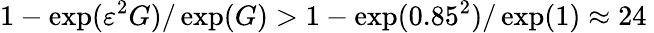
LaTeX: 1-\exp(\varepsilon^{2}G)/\exp(G)>1-\exp(0.85^{2})/\exp(1)\approx 24\